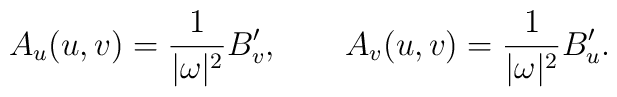
A_u(u,v)=\frac 1{|\omega|^2}B_v',\qquad A_v(u,v)=\frac 1{|\omega|^2}B_u'.